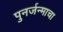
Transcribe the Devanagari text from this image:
पुनर्जन्माचा